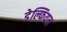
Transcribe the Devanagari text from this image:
डेल्फियन